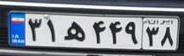
۳۱ه۴۴۹۳۸